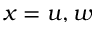
x = u , w